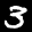
Label: 3